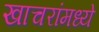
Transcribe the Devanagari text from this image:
खाचरांमध्ये